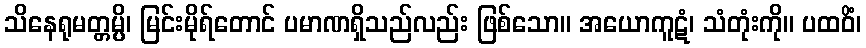
သိနေရုမတ္တမ္ပိ၊ မြင်းမိုရ်တောင် ပမာဏရှိသည်လည်း ဖြစ်သော။ အယောကူဋံ၊ သံတုံးကို။ ပထဝိံ၊